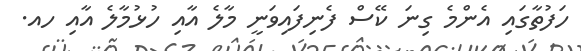
ހަފުތާގައި އެންމެ ގިނަ ކޭސް ފެނިފައިވަނީ މާލެ އާއި ހުޅުމާލެ އާއި ހއ.